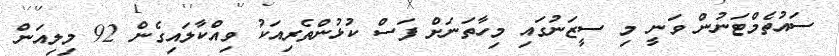
ސައުތެމްޓަނުން ވަނީ މި ސީޒަނުގައި މިހާތަނަށް ފަސް ކުޅުންތެރިއަކު ވިއްކާލައިގެން 92 މިލިއަން